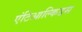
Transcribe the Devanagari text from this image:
एंटिआल्किडस